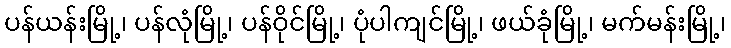
ပန်ယန်းမြို့၊ ပန်လုံမြို့၊ ပန်ဝိုင်မြို့၊ ပုံပါကျင်မြို့၊ ဖယ်ခုံမြို့၊ မက်မန်းမြို့၊